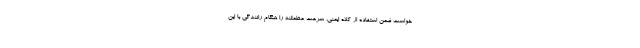
خواست ضمن استفاده از کلاه ایمنی، سرعت مطمئنه را هنگام رانندگی با این